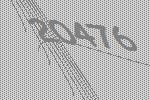
20476